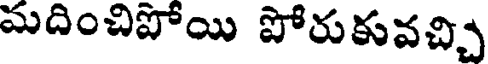
మదించిపోయి పోరుకువచ్చి